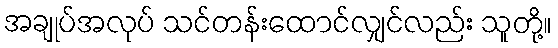
အချုပ်အလုပ် သင်တန်းထောင်လျှင်လည်း သူတို့။